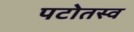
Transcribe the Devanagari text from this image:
पटोतस्व